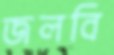
জলবি